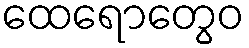
ထေရောတွေဝ